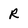
Character: R